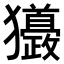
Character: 𤣙